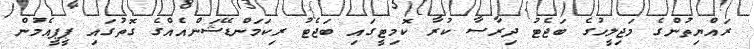
ރައްޔިތުންގެ މަޖިލީހުގެ ބަޖެޓު ދިރާސާ ކުރާ ކޮމިޓީގައި ބަޖެޓު ރިކަމަންޑޭޝަންއެއްގެ ގޮތުގައި ޕީޕީއެމުން